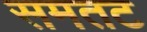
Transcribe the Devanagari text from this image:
समतट